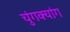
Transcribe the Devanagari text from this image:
चुंगक्यांग